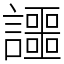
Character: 讍